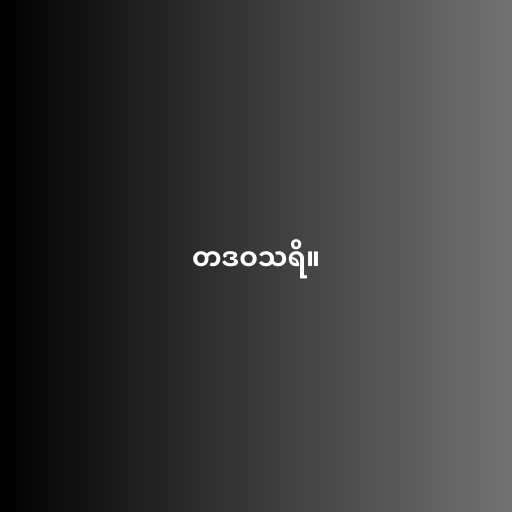
တဒဝသရိ။